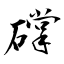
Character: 礃